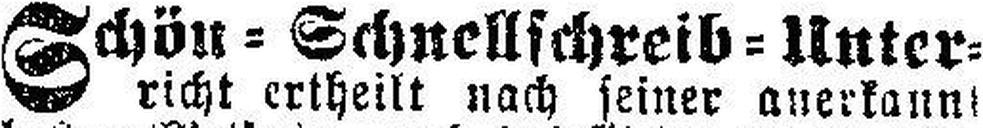
Schön=Schnellschreib=Unter¬